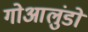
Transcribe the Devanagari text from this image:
गोआलुंडो